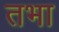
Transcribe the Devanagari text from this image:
तभा